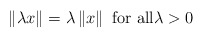
\begin{align*}\left\Vert \lambda x\right\Vert =\lambda\left\Vert x\right\Vert \text{ for all}\lambda>0\end{align*}